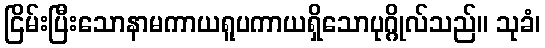
ငြိမ်းပြီးသောနာမကာယရူပကာယရှိသောပုဂ္ဂိုလ်သည်။ သုခံ၊